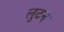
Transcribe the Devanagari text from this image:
लुटन